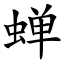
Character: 蝉